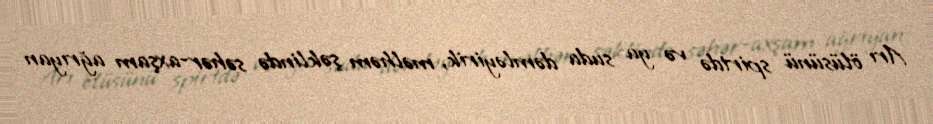
Arı ölüsünü spirtdə və ya suda dəmləyirik, məlhəm şəklində səhər-axşam ağrıyan